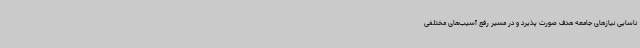
ناسایی نیازهای جامعه هدف صورت پذیرد و در مسیر رفع آسیب‌های مختلفی